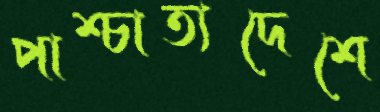
পাশ্চাত্যদেশে